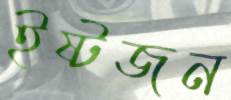
ইষ্টজন